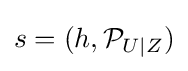
s=(h,{\mathcal {P}}_{U\mid Z})